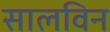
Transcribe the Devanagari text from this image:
सालविन